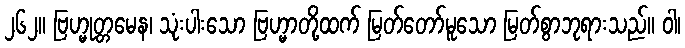
၂၆၂။ ဗြဟ္မုတ္တမေန၊ သုံးပါးသော ဗြဟ္မာတို့ထက် မြတ်တော်မူသော မြတ်စွာဘုရားသည်။ ဝါ၊